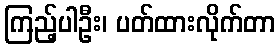
ကြည့်ပါဦး၊ ပတ်ထားလိုက်တာ